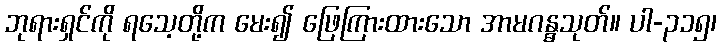
ဘုရားရှင်ကို ရသေ့တို့က မေး၍ ဖြေကြားထားသော အာမဂန္ဓသုတ်။ ပါ-၃၁၅၊